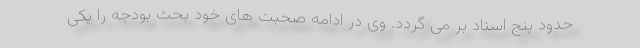
حدود پنج استاد بر می گردد. وی در ادامه صحبت های خود بحث بودجه را یکی